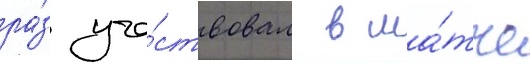
ра́з уча́ствовал в ма́тче